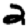
Digit: 2